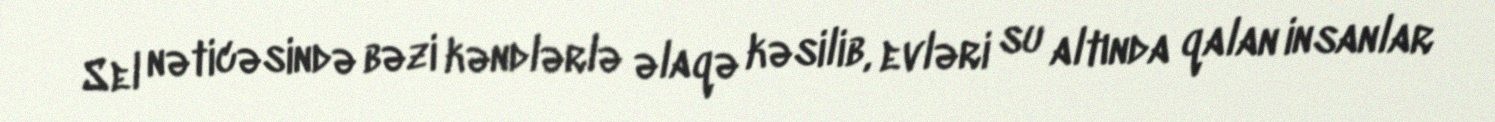
Sel nəticəsində bəzi kəndlərlə əlaqə kəsilib, evləri su altında qalan insanlar